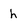
Character: h